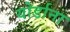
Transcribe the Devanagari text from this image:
योर्डाना